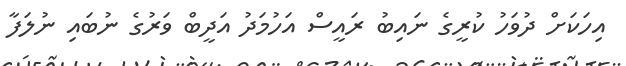
އިހަކަށް ދުވަހު ކުރީގެ ނައިބު ރައީސް އަހުމަދު އަދީބް ވަރުގެ ނުބައި ނުލަފާ